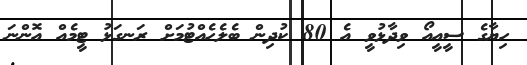
ހިޔާގެ ސީއީއޯ ވިދާޅުވީ އެ 80 ކުދިން ބެލެހެއްޓުމަށް ރަނގަޅު ޓީމެއް އޮންނަ